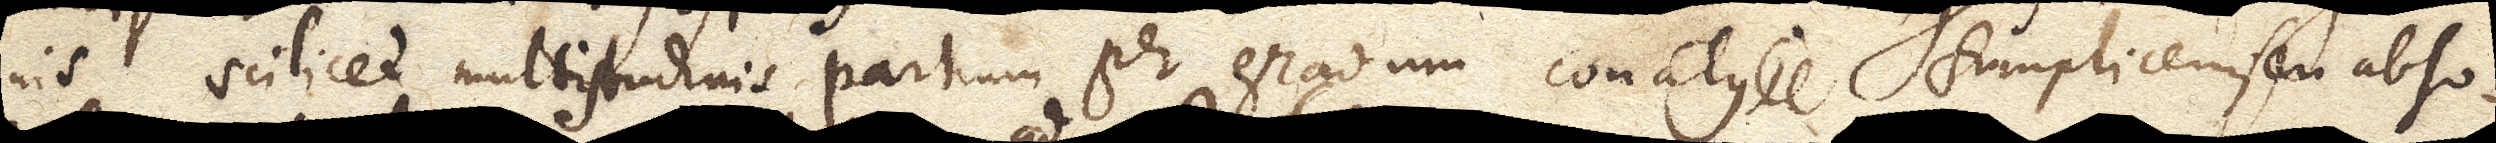
nis scilicet multitudinis partium per gradum conatus simplicem, seu abso